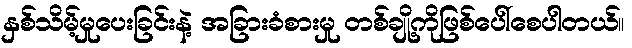
နှစ်သိမ့်မှုပေးခြင်းနဲ့ အခြားခံစားမှု တစ်ချို့ကိုဖြစ်ပေါ်စေပါတယ်။